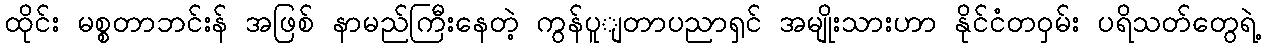
ထိုင်း မစ္စတာဘင်းန် အဖြစ် နာမည်ကြီးနေတဲ့ ကွန်ပူျတာပညာရှင် အမျိုးသားဟာ နိုင်ငံတဝှမ်း ပရိသတ်တွေရဲ့